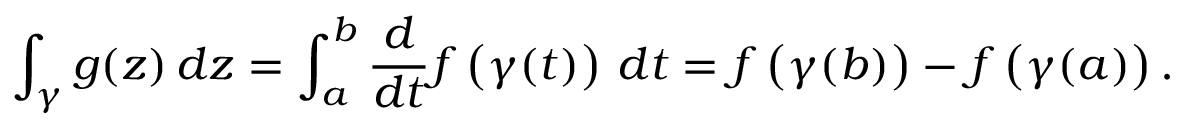
\int _ { \gamma } g ( z ) \, d z = \int _ { a } ^ { b } { \frac { d } { d t } } f \left( \gamma ( t ) \right) \, d t = f \left( \gamma ( b ) \right) - f \left( \gamma ( a ) \right) .